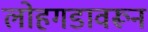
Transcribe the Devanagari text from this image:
लोहगडावरून